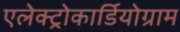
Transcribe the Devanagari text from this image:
एलेक्ट्रोकार्डियोग्राम